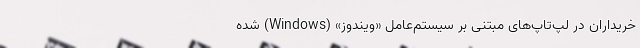
خریداران در لپ‌تاپ‌های مبتنی بر سیستم‌عامل «ویندوز» (Windows) شده